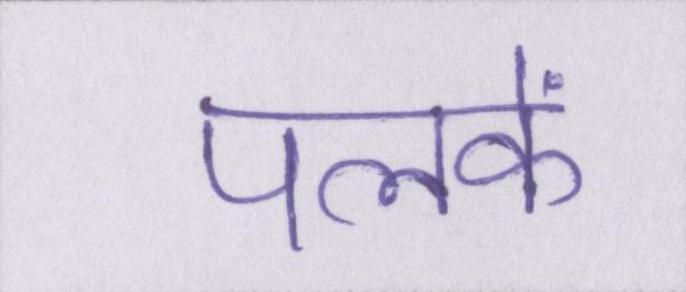
पलकें